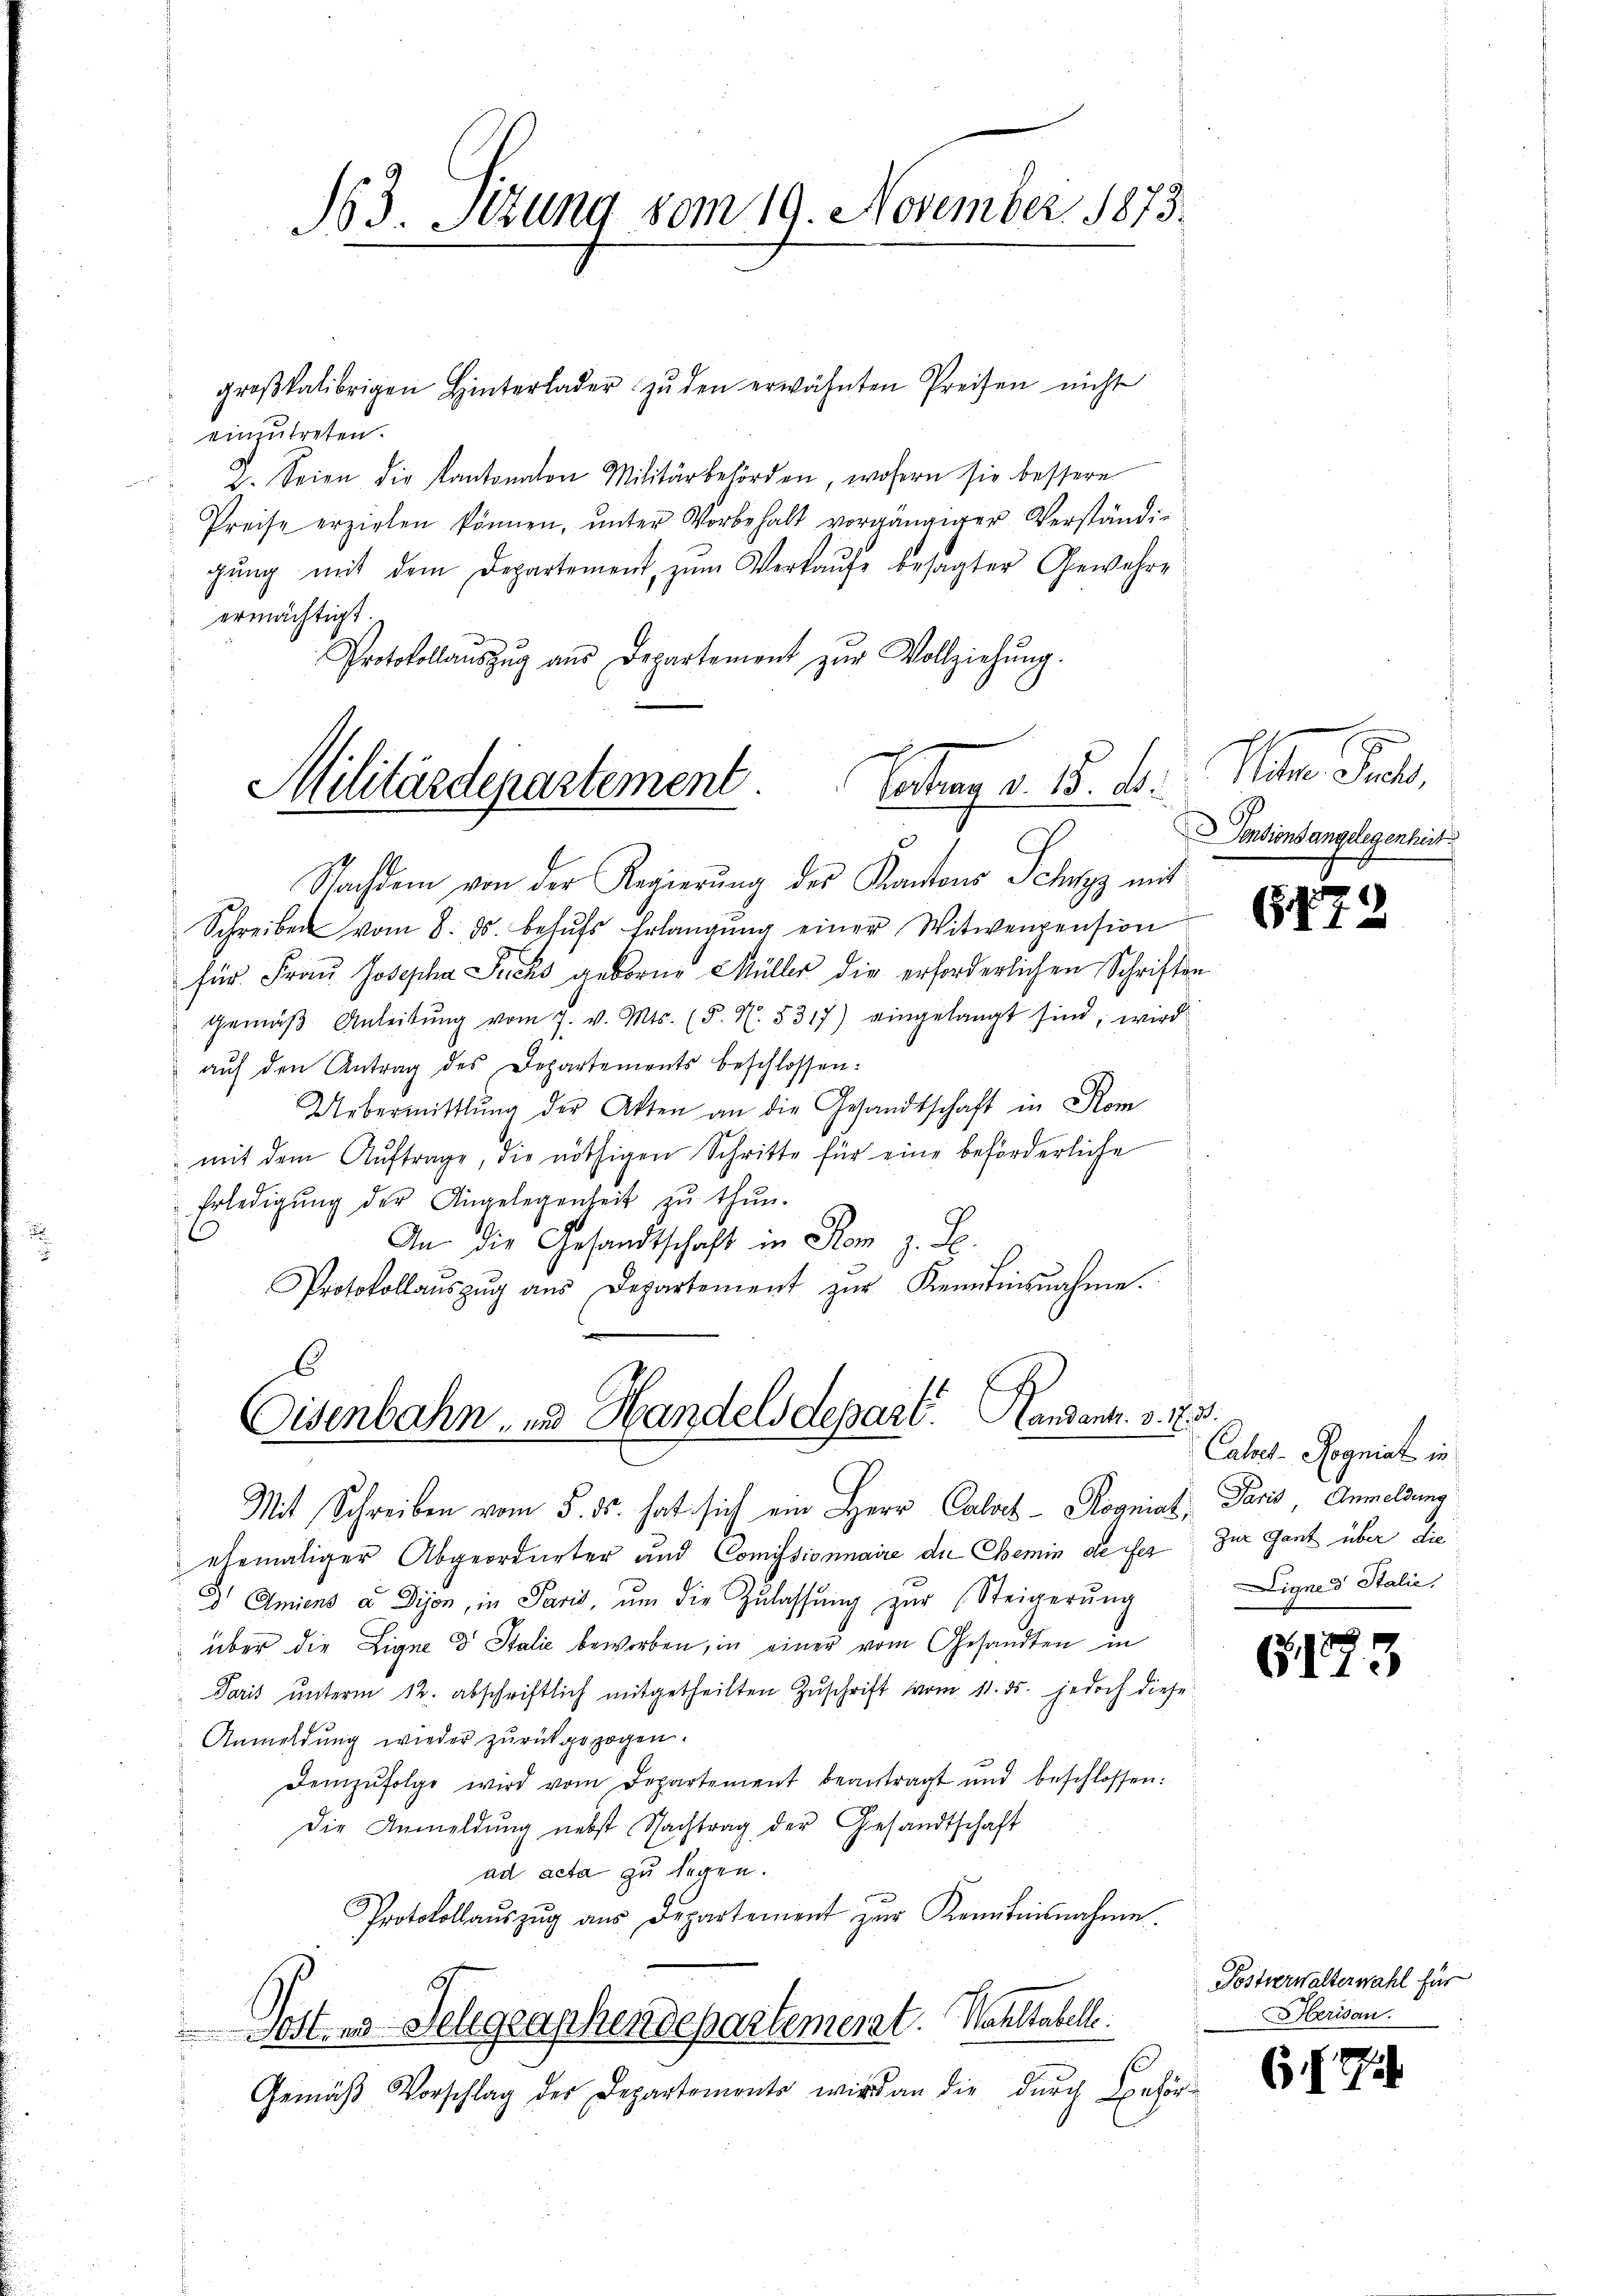
163. Sitzung vom 19. November 1873.

groβkalibrigen Hinterlader zŭ den erwähnten Preisen nicht
einzutreten.
 2. Seien die Kantonaton Militärbehörden, wofern sie bessere
Preise erzielen können, ŭnter Vorbehalt vorgängiger Verständi-
gŭng mit dem Departement, zŭm Verkaŭfe besagter Gewehre
ermächtigt.
Protokollaŭszŭg aŭs Departement zŭr Vollziehŭng.
Nachdem von der Regierung des Kantons Schwyz mit
Schreiben vom 8. ds. behŭfs Erlangŭng einer Witwenpension
für Frau Josepha Fricks geborne Müller die erforderlichen Schriften
gemäβ Anleitŭng vom 7. v. Mts. (§. N. 5317) eingelangt sind, wird
aŭf den Antrag des Departements beschlossen:
Uebermittlung der Akten an die Gesandtschaft in Rom
mit dem Auftrage, die nöthigen Schritte für eine beförderliche
Erledigŭng der Angelegenheit zŭ thŭn.
An die Gesandtschaft in Rom z. B.
Protokollaŭszŭg aŭs Departement zŭr Kenntinsnahme.
6
Eisenbahn, zu Handels Depart. Handent. v. 13.
Mit Schreiben vom 5. ds. hat sich ein Herr Calack - Kogniat, Paris, Anmeldung
ehemaliger Abgeordneter und Comissionnaire die Chemin de fes zur Ganz über die
 Amiens a Dijon, in Paris, ŭm die Zulassŭng zur Steigerŭng
über die Ligne d. Stalie bewerben, in einer vom Gesandten in
Paris ŭnterm 12. abschriftlich mitgetheilten Zŭschrift vom 11. ds. jedoch diese
Anmeldung wieder zurückgezogen.
Demzufolge wird vom Departement beantragt und beschlossen:
Die Anmeldŭng nebst Nachtrag der Gesandtschaft
ad acta zu legen.
Protokollaŭszŭg aŭs Departement zŭr Kenntnisnahme.
5.
Post 3 Schgraphendepartement. Wahltabelle.
Gemäβ Vorschlag der Departements wird an die durch Behör-

Contrag d. 15. d.
Militärdepartement.

Vater Just,
Pensionsangelegenheit

6772

Caloes-Rogniat in
Ligne d Stalie

G173

Postverwalterwahl für
Herisau.

6. 774